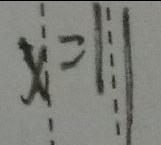
x = 1 1